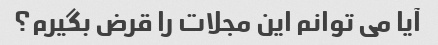
آیا می توانم این مجلات را قرض بگیرم؟